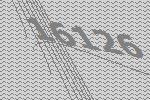
16126